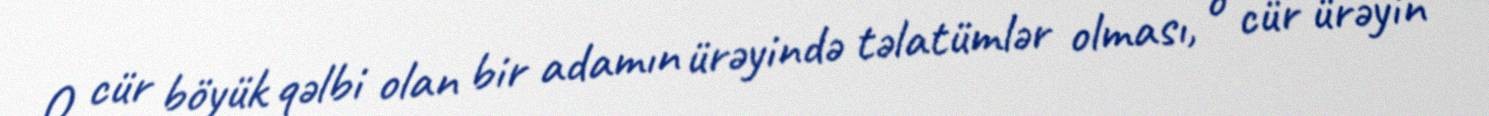
O cür böyük qəlbi olan bir adamın ürəyində təlatümlər olması, o cür ürəyin